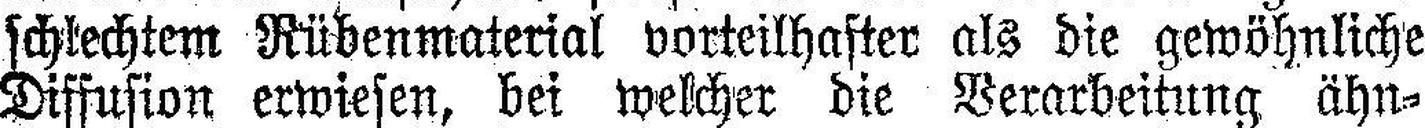
schtechtem Rübenmaterial vorteilhafter als die gewöhnliche